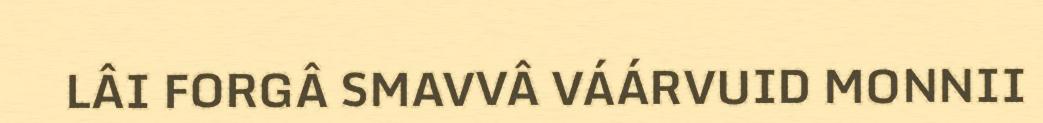
LÂI FORGÂ SMAVVÂ VÁÁRVUID MONNII